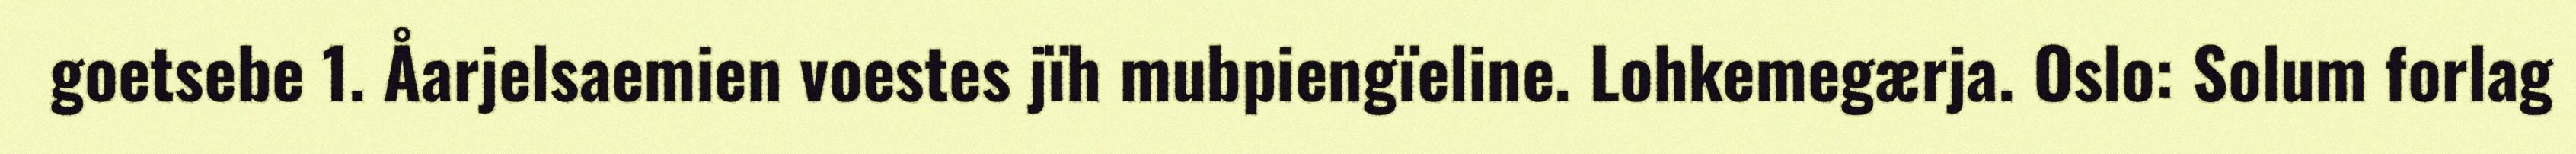
goetsebe 1. Åarjelsaemien voestes jïh mubpiengïeline. Lohkemegærja. Oslo: Solum forlag